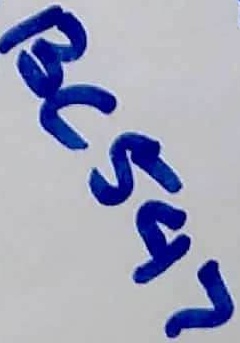
Text: BC547